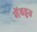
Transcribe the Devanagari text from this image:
मेंबहुत